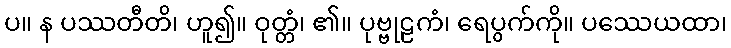
ပ။ န ပဿတီတိ၊ ဟူ၍။ ဝုတ္တံ၊ ၏။ ပုဗ္ဗုဠကံ၊ ရေပွက်ကို။ ပဿေယထာ၊